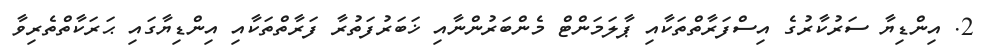
2. އިންޑިޔާ ސަރުކާރުގެ އިސްފަރާތްތަކާއި ޕާލަމަންޓް މެންބަރުންނާއި ޚަބަރުފަތުރާ ފަރާތްތަކާއި އިންޑިޔާގައި ޙަރަކާތްތެރިވާ